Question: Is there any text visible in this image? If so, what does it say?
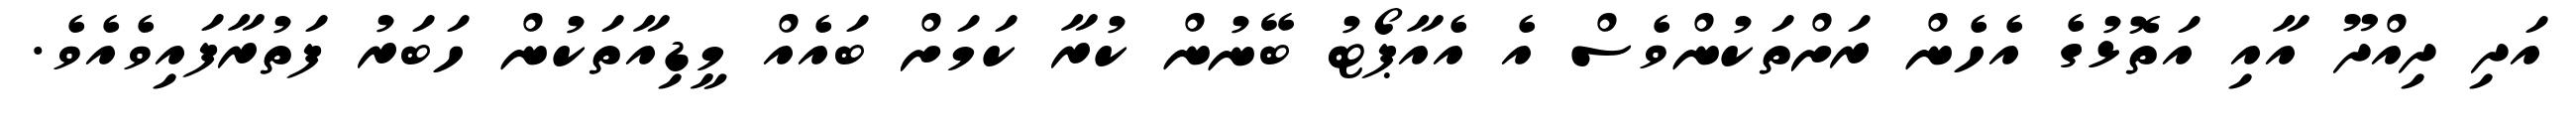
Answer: އަދި ދިއްދޫ އާއި އަތޮޅުގެ އެހެން ރަށްތަކުންވެސް އެ އެއާޕޯޓު ބޭނުން ކުރާ ކަމަށް ބައެއް މީޑިއާތަކުން ހަބަރު ފަތުރާފައިވެއެވެ.